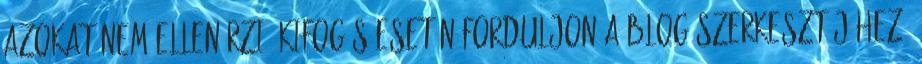
azokat nem ellenőrzi. Kifogás esetén forduljon a blog szerkesztőjéhez.